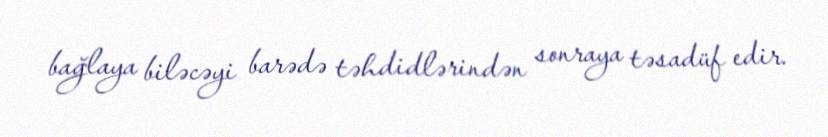
bağlaya biləcəyi barədə təhdidlərindən sonraya təsadüf edir.